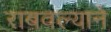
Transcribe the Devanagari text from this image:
राबवल्याने